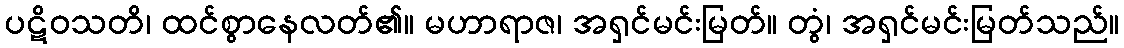
ပဋိဝသတိ၊ ထင်စွာနေလတ်၏။ မဟာရာဇ၊ အရှင်မင်းမြတ်။ တွံ၊ အရှင်မင်းမြတ်သည်။